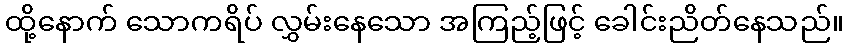
ထို့နောက် သောကရိပ် လွှမ်းနေသော အကြည့်ဖြင့် ခေါင်းညိတ်နေသည်။